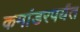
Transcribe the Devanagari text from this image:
कमांडरपर्यंत